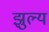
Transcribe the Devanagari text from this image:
झुल्य